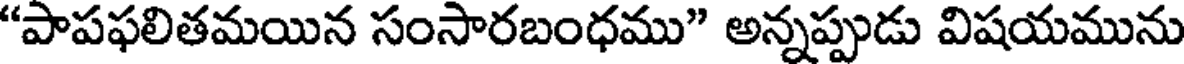
"పాపఫలితమయిన సంసారబంధము" అన్నప్పుడు విషయమును